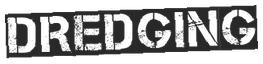
DREDGING